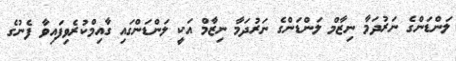
ލަންޑަންގެ ނަރުދަމާ ނިޒާމް ލަންޑަންގެ ނަރުދަމާ ނިޒާމް އަކީ ލަންޑަންގައި ގާއިމްކުރެވިފައިވާ ފެނުގެ